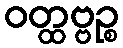
ဝတ္ထဗ္ဗဉ္စ